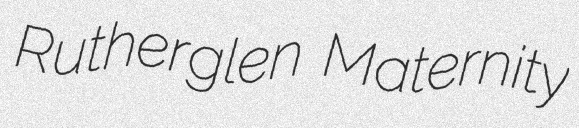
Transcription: Rutherglen Maternity